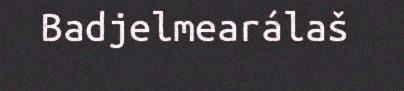
Badjelmearálaš